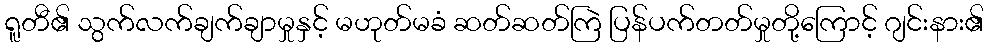
ရူတီ၏ သွက်လက်ချက်ချာမှုနှင့် မဟုတ်မခံ ဆတ်ဆတ်ကြဲ ပြန်ပက်တတ်မှုတို့ကြောင့် ဂျင်းနား၏